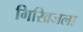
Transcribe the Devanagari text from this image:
गिरिव्रजला